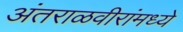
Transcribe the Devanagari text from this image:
अंतराळवीरांमध्ये